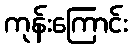
ကုန်းကြောင်း